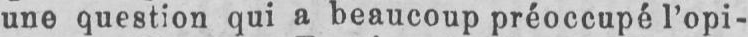
une question qui a beaucoup préoccupé l’opi-